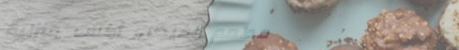
مطعم الفيصل: أكلات منزلية